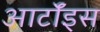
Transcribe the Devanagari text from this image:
आर्टॉइस